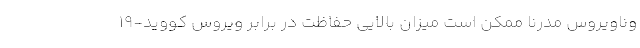
وناویروس مدرنا ممکن است میزان بالایی حفاظت در برابر ویروس کووید-۱۹